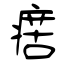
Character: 瘔